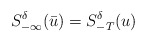
\begin{align*}S^\delta_{-\infty}(\bar{u})=S^\delta_{-T}(u)\end{align*}